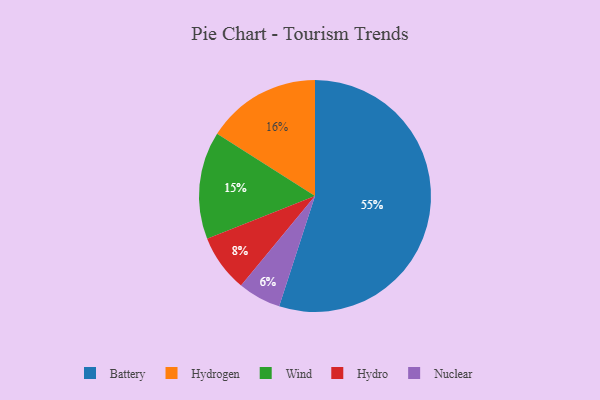
{"axis": {"x": "Category", "y": "Percentage"}, "legend": ["Battery", "Hydro", "Hydrogen", "Nuclear", "Wind"], "data": [{"x": "Hydrogen", "y": 16, "type": "Hydrogen"}, {"x": "Battery", "y": 55, "type": "Battery"}, {"x": "Wind", "y": 15, "type": "Wind"}, {"x": "Hydro", "y": 8, "type": "Hydro"}, {"x": "Nuclear", "y": 6, "type": "Nuclear"}]}